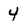
Character: 4